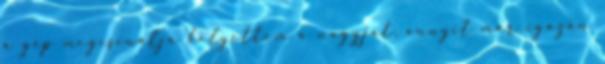
a gép megcsinálja helyettem a nagyját, annyit már igazán